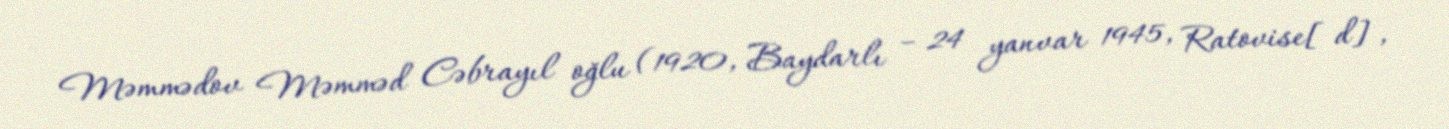
Məmmədov Məmməd Cəbrayıl oğlu (1920, Baydarlı – 24 yanvar 1945, Ratovise[d],